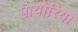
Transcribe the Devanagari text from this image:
पायोरिया